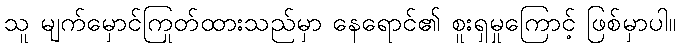
သူ မျက်မှောင်ကြုတ်ထားသည်မှာ နေရောင်၏ စူးရှမှုကြောင့် ဖြစ်မှာပါ။